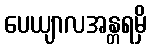
ပေယျာလအန္တရမှိ